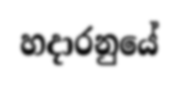
හදාරනුයේ